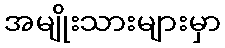
အမျိုးသားများမှာ